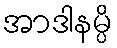
အာဒါနမ္ပိ